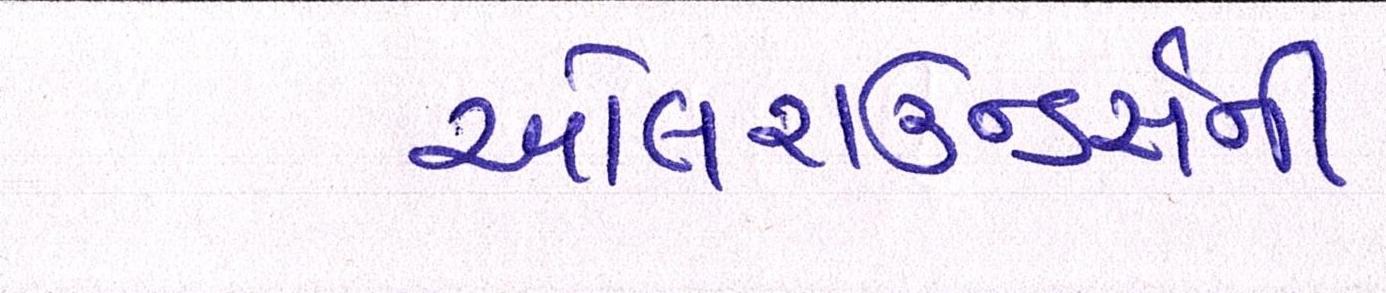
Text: ઓલરાઉન્ડર્સની